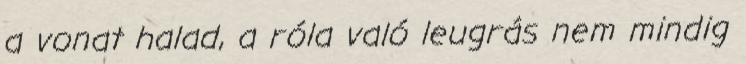
a vonat halad, a róla való leugrás nem mindig